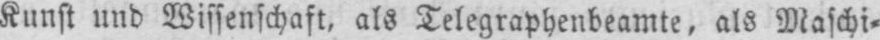
Kunst und Wissenschaft, als Telegraphenbeamte, als Maschi⸗